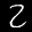
Label: 2